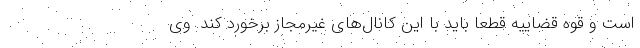
است و قوه قضاییه قطعا باید با این کانال‌های غیرمجاز برخورد کند. وی